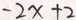
- 2 x + 2